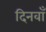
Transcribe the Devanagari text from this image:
दिनवाँ